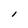
Character: l